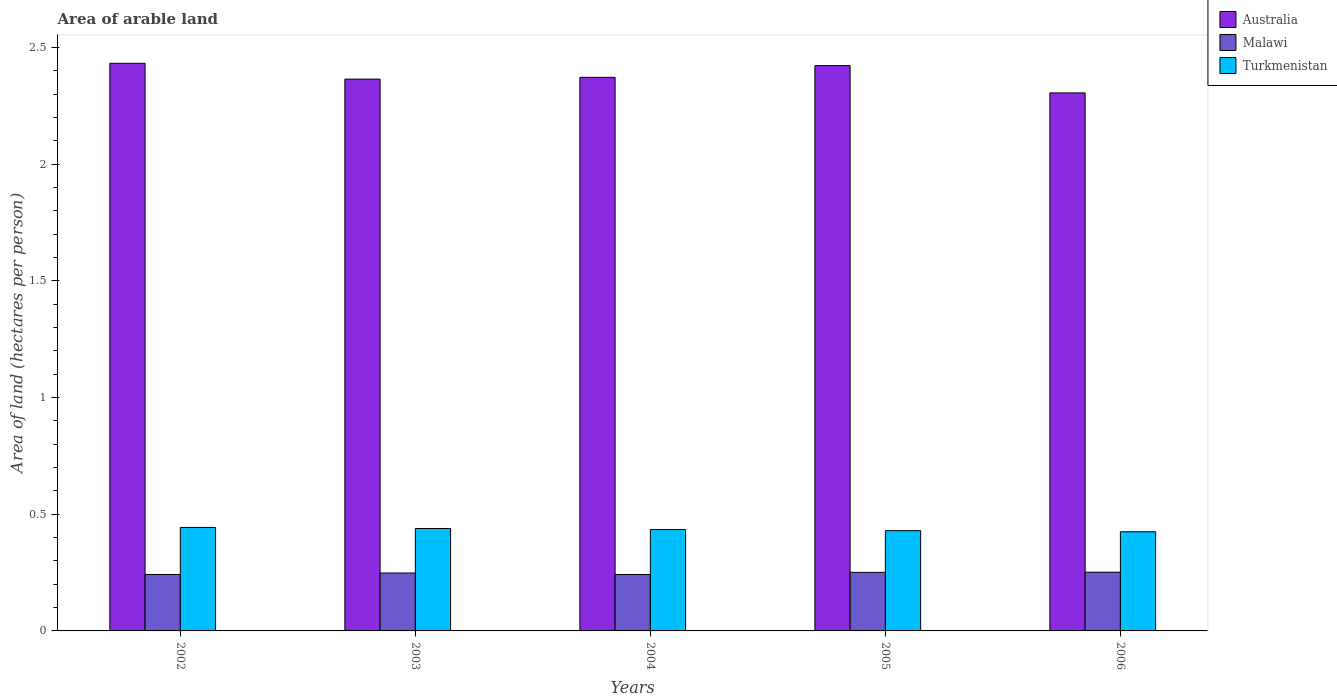
| Years | Australia | Malawi | Turkmenistan |
 | --- | --- | --- | --- |
 | 2002 | 2.43 | 0.242 | 0.443 |
 | 2003 | 2.36 | 0.248 | 0.439 |
 | 2004 | 2.37 | 0.242 | 0.434 |
 | 2005 | 2.42 | 0.251 | 0.43 |
 | 2006 | 2.31 | 0.252 | 0.425 |